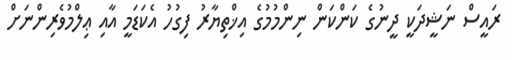
ރައީސް ނަޝީދަކީ ދީނުގެ ކަންކަން ނިންމުމުގެ އިޚްތިޔާރު ފިގުހު އެކަޑަމީ އާއި ޢިލްމުވެރިންނަށް